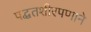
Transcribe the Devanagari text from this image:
पद्धतशीरपणाने